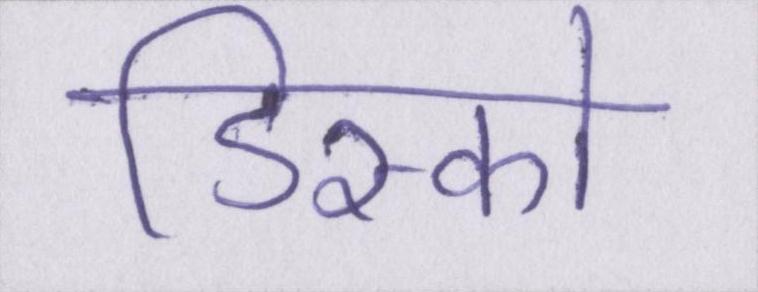
डिस्को